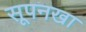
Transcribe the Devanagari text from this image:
सूपनखा